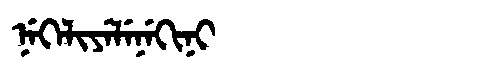
Manchu: ᠨᡝᡴᡝᠯᡳᠶᡝᠯᡝᠨᡝᡴᡳᠨᡳ
Romanization: NEKELIYELENEKINI